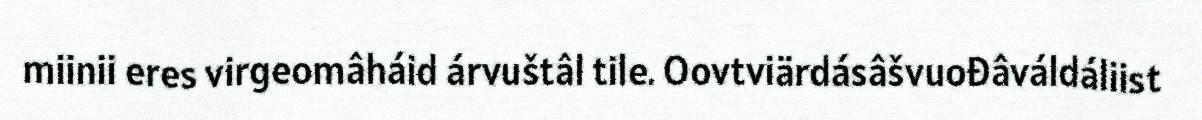
miinii eres virgeomâháid árvuštâl tile. Oovtviärdásâšvuođâváldáliist